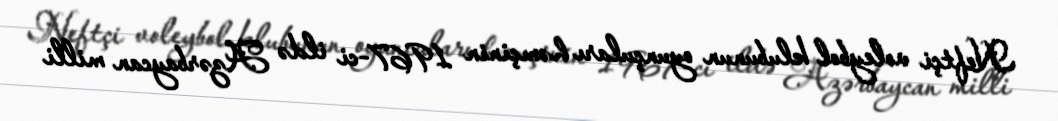
Neftçi voleybol klubunun oyunçuları həmçinin 1967-ci ildə Azərbaycan milli